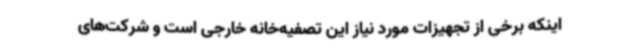
اینکه برخی از تجهیزات مورد نیاز این تصفیه‌خانه خارجی است و شرکت‌های